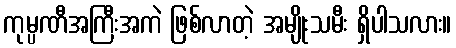
ကုမ္ပဏီအကြီးအကဲ ဖြစ်လာတဲ့ အမျိုးသမီး ရှိပါသလား။